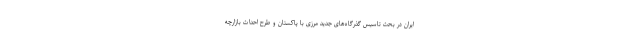
ایران در بحث تاسیس گذرگاه‌های جدید مرزی با پاکستان و طرح احداث بازارچه